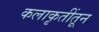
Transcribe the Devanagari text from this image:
कलाकृतींतून